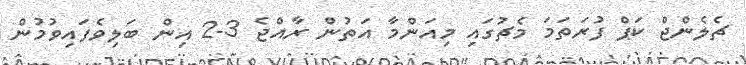
ޗެލެންޖް ކަޕް ފުރަތަމަ މެޗުގައި މިއަންމާ އަތުން ރާއްޖެ 3-2 އިން ބަލިވެފައިވުމުން